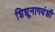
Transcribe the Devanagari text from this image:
शिशूनागवंशी